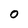
Character: O